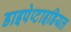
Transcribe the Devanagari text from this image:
डाइपेप्टाइडियल